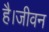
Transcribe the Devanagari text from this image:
है।जीवन